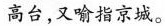
高台，又喻指京城。